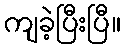
ကျခဲ့ပြီးပြီ။